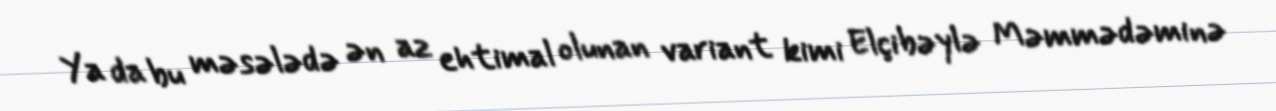
Ya da bu məsələdə ən az ehtimal olunan variant kimi Elçibəylə Məmmədəminə